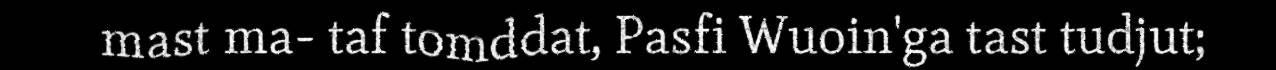
mast ma- taf tomddat, Pasfi Wuoin'ga tast tudjut;